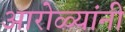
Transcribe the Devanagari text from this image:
आरोळ्यांनी